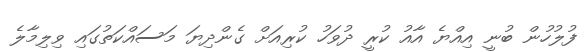
ފުލުހުން ބުނީ އިއްޔެ އާއު ކުރީ ދުވަހު ކުރިއަށް ގެންދިޔަ މަސައްކަތުގައި ވިލިމާލެ